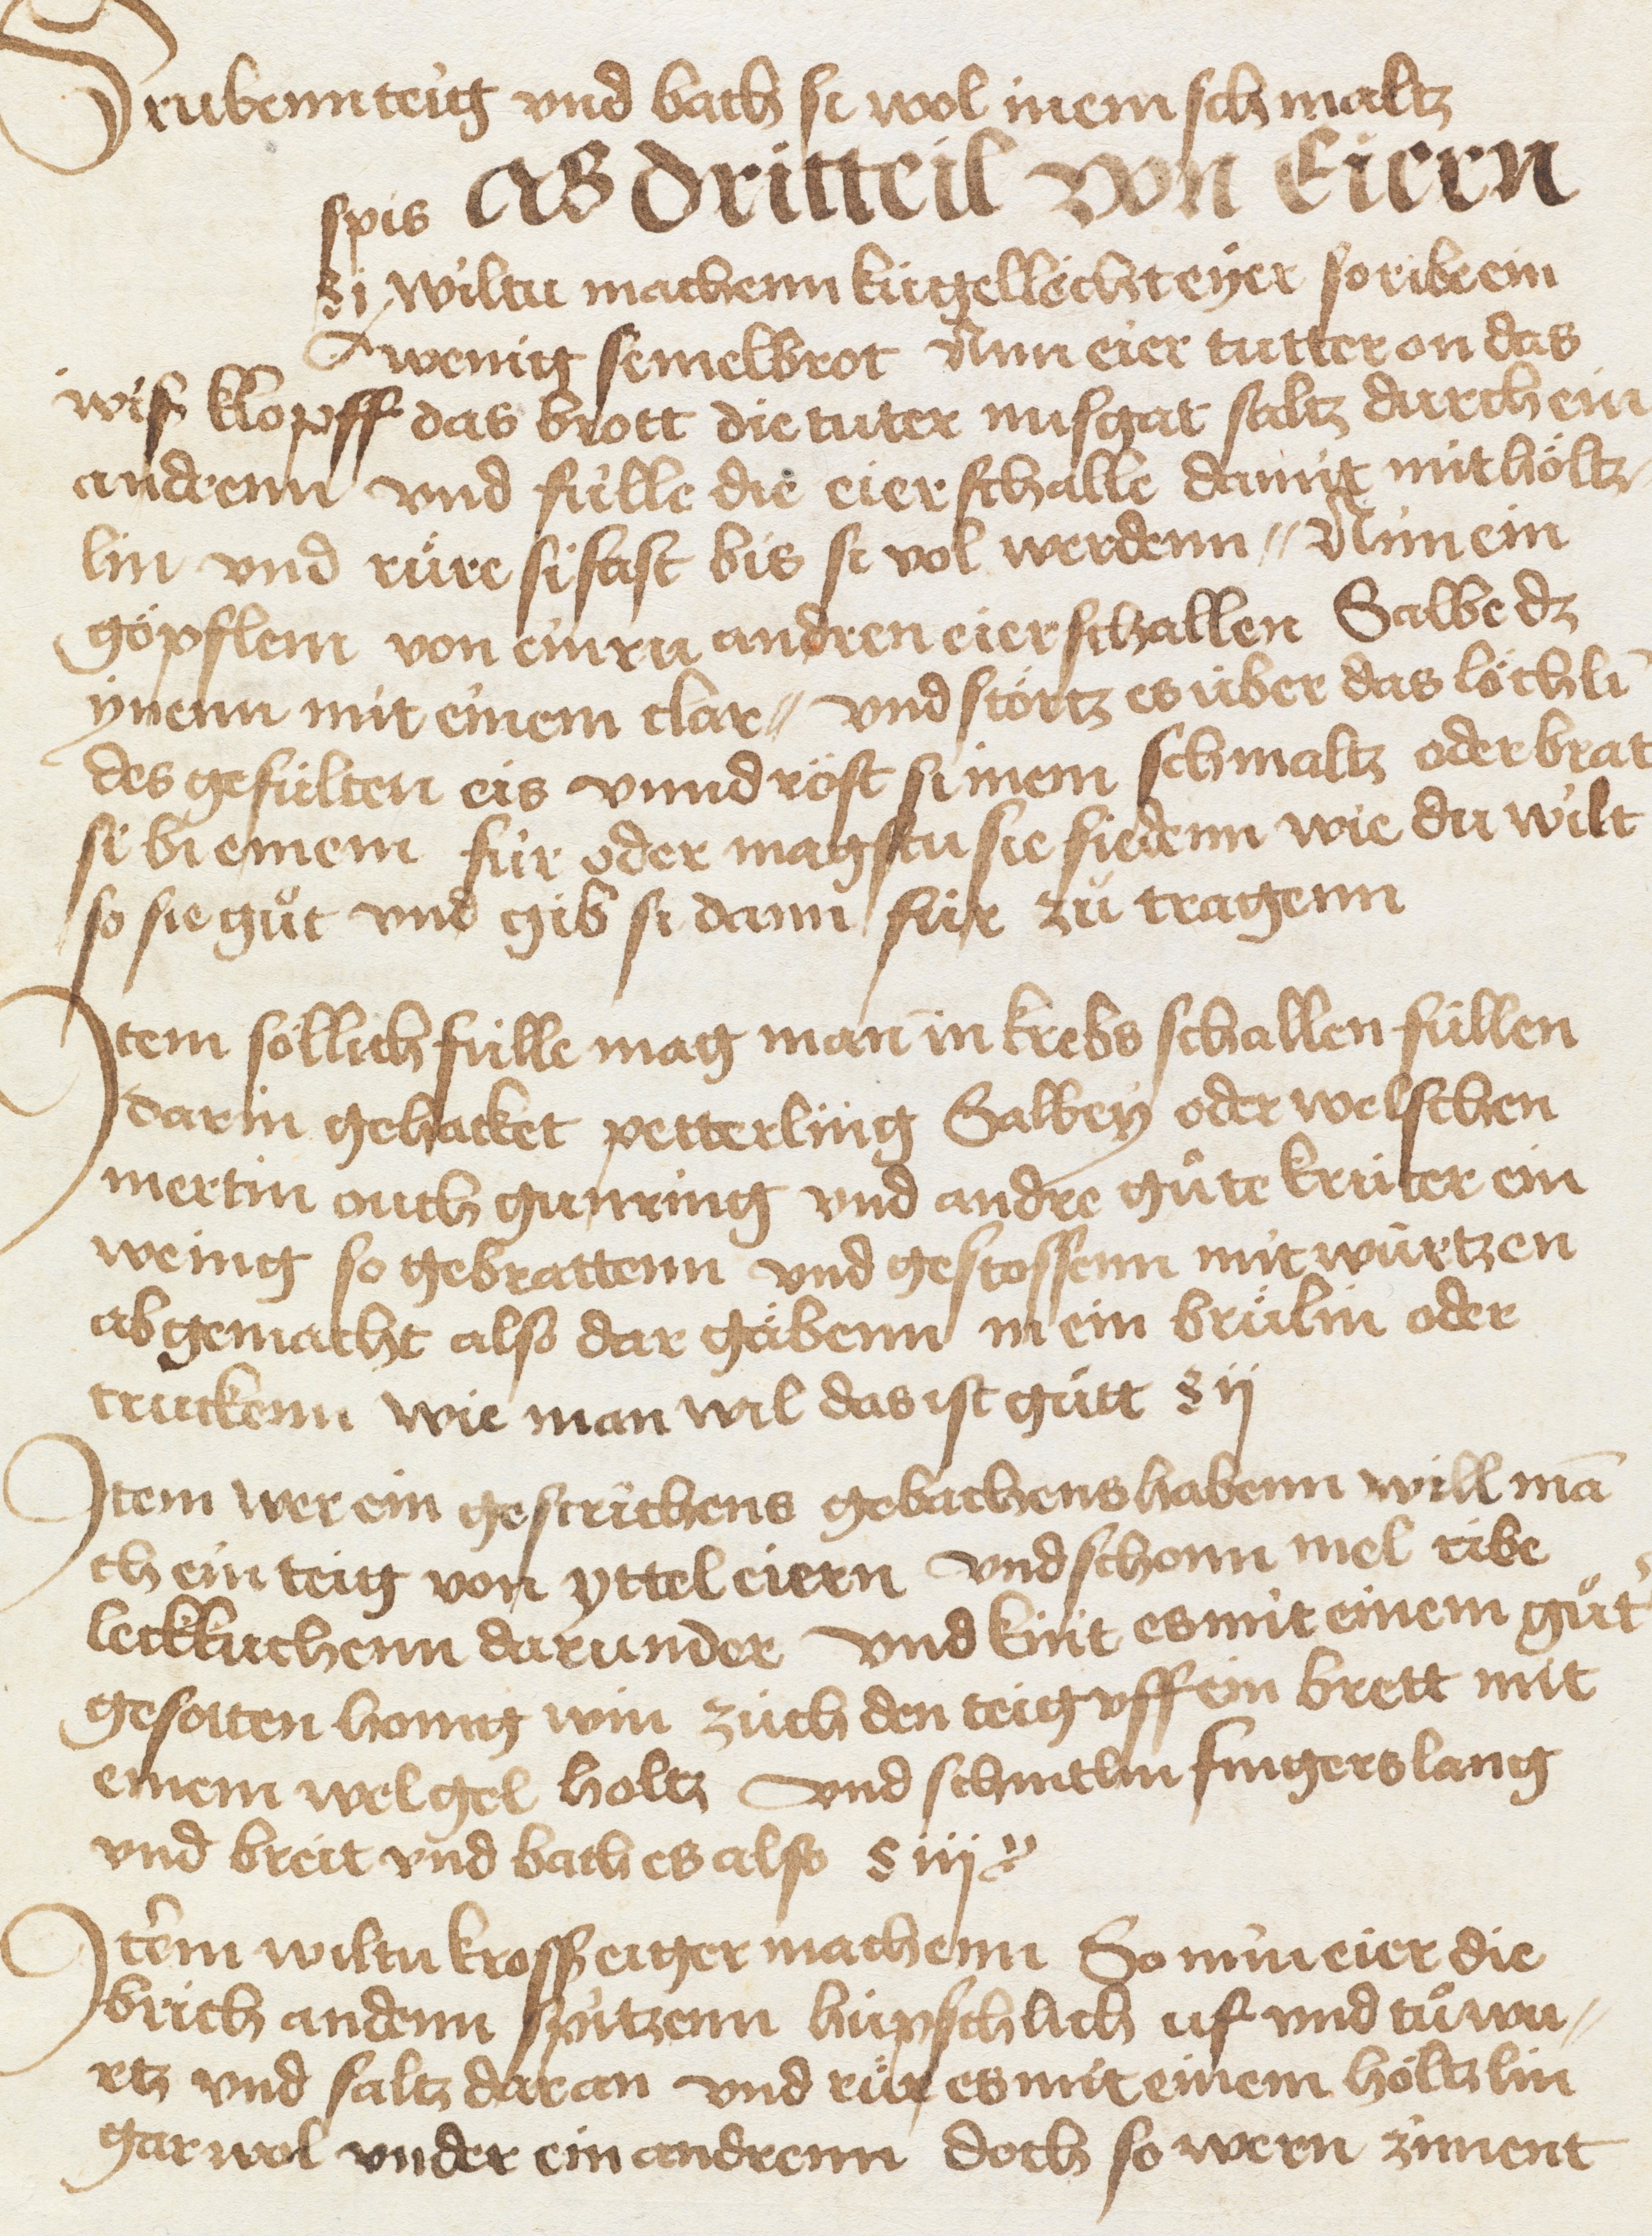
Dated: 1450–1499